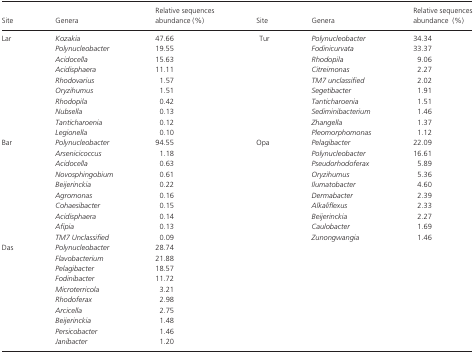
<table><thead><tr><td><b>Site</b></td><td><b>Genera</b></td><td><b>Relative sequences abundance (%)</b></td><td><b>Site</b></td><td><b>Genera</b></td><td><b>Relative sequences abundance (%)</b></td></tr></thead><tbody><tr><td rowspan="10">Lar</td><td><i>Kozakia</i></td><td>47.66</td><td rowspan="10">Tur</td><td><i>Polynucleobacter</i></td><td>34.34</td></tr><tr><td><i>Polynucleobacter</i></td><td>19.55</td><td><i>Fodinicurvata</i></td><td>33.37</td></tr><tr><td><i>Acidocella</i></td><td>15.63</td><td><i>Rhodopila</i></td><td>9.06</td></tr><tr><td><i>Acidisphaera</i></td><td>11.11</td><td><i>Citreimonas</i></td><td>2.27</td></tr><tr><td><i>Rhodovarius</i></td><td>1.57</td><td><i>TM7 unclassified</i></td><td>2.02</td></tr><tr><td><i>Oryzihumus</i></td><td>1.51</td><td><i>Segetibacter</i></td><td>1.91</td></tr><tr><td><i>Rhodopila</i></td><td>0.42</td><td><i>Tanticharoenia</i></td><td>1.51</td></tr><tr><td><i>Nubsella</i></td><td>0.13</td><td><i>Sediminibacterium</i></td><td>1.46</td></tr><tr><td><i>Tanticharoenia</i></td><td>0.12</td><td><i>Zhangella</i></td><td>1.37</td></tr><tr><td><i>Legionella</i></td><td>0.10</td><td><i>Pleomorphomonas</i></td><td>1.12</td></tr><tr><td rowspan="10">Bar</td><td><i>Polynucleobacter</i></td><td>94.55</td><td rowspan="10">Opa</td><td><i>Pelagibacter</i></td><td>22.09</td></tr><tr><td><i>Arsenicicoccus</i></td><td>1.18</td><td><i>Polynucleobacter</i></td><td>16.61</td></tr><tr><td><i>Acidocella</i></td><td>0.63</td><td><i>Pseudorhodoferax</i></td><td>5.89</td></tr><tr><td><i>Novosphingobium</i></td><td>0.61</td><td><i>Oryzihumus</i></td><td>5.36</td></tr><tr><td><i>Beijerinckia</i></td><td>0.22</td><td><i>Ilumatobacter</i></td><td>4.60</td></tr><tr><td><i>Agromonas</i></td><td>0.16</td><td><i>Dermabacter</i></td><td>2.39</td></tr><tr><td><i>Cohaesibacter</i></td><td>0.15</td><td><i>Alkaliflexus</i></td><td>2.33</td></tr><tr><td><i>Acidisphaera</i></td><td>0.14</td><td><i>Beijerinckia</i></td><td>2.27</td></tr><tr><td><i>Afipia</i></td><td>0.13</td><td><i>Caulobacter</i></td><td>1.69</td></tr><tr><td><i>TM7 Unclassified</i></td><td>0.09</td><td><i>Zunongwangia</i></td><td>1.46</td></tr><tr><td rowspan="10">Das</td><td><i>Polynucleobacter</i></td><td>28.74</td><td></td><td></td><td></td></tr><tr><td><i>Flavobacterium</i></td><td>21.88</td><td></td><td></td><td></td></tr><tr><td><i>Pelagibacter</i></td><td>18.57</td><td></td><td></td><td></td></tr><tr><td><i>Fodinibacter</i></td><td>11.72</td><td></td><td></td><td></td></tr><tr><td><i>Microterricola</i></td><td>3.21</td><td></td><td></td><td></td></tr><tr><td><i>Rhodoferax</i></td><td>2.98</td><td></td><td></td><td></td></tr><tr><td><i>Arcicella</i></td><td>2.75</td><td></td><td></td><td></td></tr><tr><td><i>Beijerinckia</i></td><td>1.48</td><td></td><td></td><td></td></tr><tr><td><i>Persicobacter</i></td><td>1.46</td><td></td><td></td><td></td></tr><tr><td><i>Janibacter</i></td><td>1.20</td><td></td><td></td><td></td></tr></tbody></table>